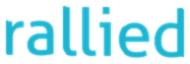
rallied